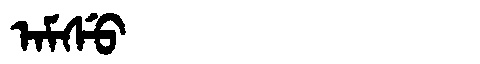
Manchu: ᠠᠮᠰᡠ
Romanization: AMSU